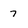
Character: 7